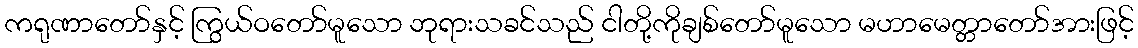
ကရုဏာတော်နှင့် ကြွယ်ဝတော်မူသော ဘုရားသခင်သည် ငါတို့ကိုချစ်တော်မူသော မဟာမေတ္တာတော်အားဖြင့်